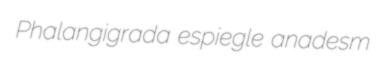
Phalangigrada espiegle anadesm